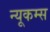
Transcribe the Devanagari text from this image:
न्यूकम्स